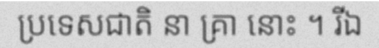
ប្រទេសជាតិ នា គ្រា នោះ ។ រីឯ